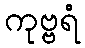
ကုဗ္ဗရံ